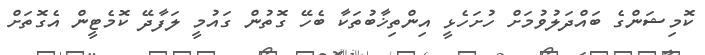
ކޮމިޝަންގެ ބައްދަލުވުމަށް ހުށަހެޅީ އިންތިޚާބުތަކާ ބެހޭ ގޮތުން ގައުމީ ލަފާދޭ ކޮމެޓީން އެގޮތަށް